Cholera in India, 1862 to 1881
Year: 1862
Disease focus: Cholera
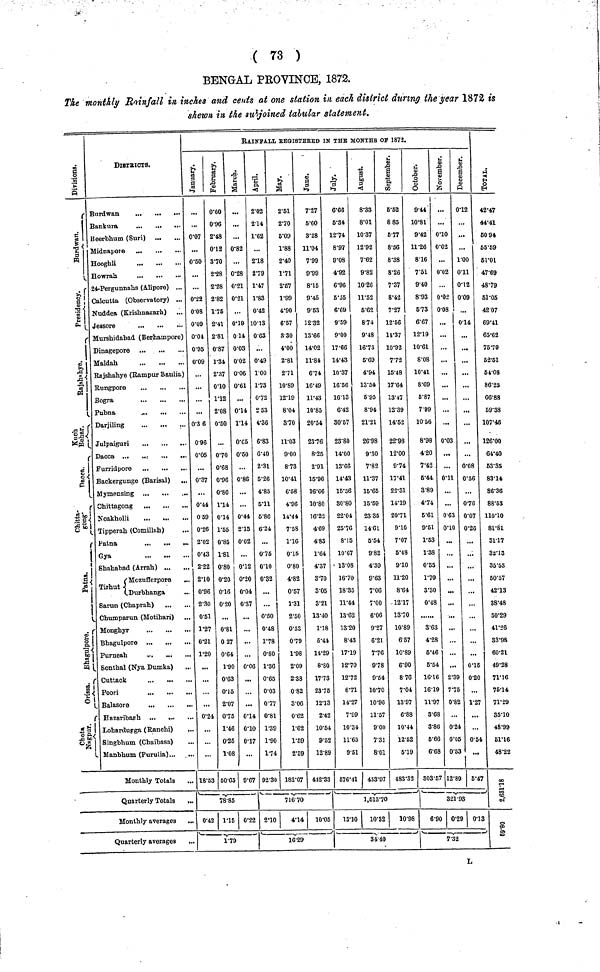
( 73 )
BENGAL PROVINCE, 1872.
The monthly Rainfall in inches and cents at one station in each district during the year 1872 is
shewn in the subjoined tabular statement.
Division
Burdwan
Pesidency
Rajshahye
KuchBehar
Dacca
Chitta gong
Patna
Bhargulpore
Orrissa
chota Nagpur
DISTRICTS.
Bankura
Beerbhum (Suri)
Hooghli
Howrah
,,.
...
...
24-Pergunnahs (Alipore) ...
Calcutta (Observatory) ...
Nuddea (Krishnaearh)
Jessore
Murshidabad (Berhampore)
Dinagepore
Maldah
Rajshahye (Rampur Baulia)
Rungpore
Bogra
Pubna
...
...
Darjiling
...
...
Julpaiguri
Dacca ...
...-
Backergunge (Barisal)
Chittagong
Noakholli
Tipperah (Comilluh)
Patna
Gya
Shahabad (Arrah)
Mozufferpore
..
Tirhut Durbhanga
...
Sarun (Chaprah)
Chumparun (Motihan)
Monghyr
Bhagulpore
Purneah
.,.
Sontbal (Nya Dumka)
Cuttack
Poori
Hazaribaph ...
Lohardugga (Ranchi)
Singbhum (Chaibasa)
..
Manbbum (Purulia)
Monthly Totals
Quarterly Totals
...
Monthly averages ...
Quarterly averages
RAINFALL REistered IN THe MONTHS of 1872.
January
...
0·07
0·50
...
...
0·22
0·08
0·09
0·04
0·95
0·09
...
...
0·36
0 96
0·05
0·37
0·44
0 59
0·26
2·02
0·43
2·22
2·10
0·96
2·30
0·51
1·27
0·21
1·20
...
0·24
...
...
18·53
February
0·60
0·96
2·48
0·12
3·-70
2·28
2·28
2·82
1·76
2·.41
2·81
0·87
1·.34
2·37
0·10
1·12
2·08
0·50
...
0·70
0·68
0·96
0·86
1·14
0·14
1·55
0·85
1·81
0·80
0·20
0·16
0·20
...
0·81
0 27
0·64
1·90
0·63
0·15
2·07
0·75
1·46
0·25
1·08
60·65
March
. . .
. . .
. . .
0·82
0·28
0·21
0·21
0·.19
0 14
0·03
0·02
0·06
0·61
...
0·14
1·14
0·65
0·60
...
0·86
...
...
0·44
2·15
0·02
...
0·12
0·20
0·04
0·37
...
...
...
...
0·06
...
..
0·14l
0·10
0·17i
9·67
78·85
0·.42 1·15 0·22
1·79
April
2·02
14
1·62
..
2·18
2·79
1·47
1·83
0·42
10·13
0·63
...
0·49
1·00
1·73
0·72
2 53
4·36
6·83
6·40
2·31
5·26
4·.85
5·11
6·86
6·24
0·75
0·10
0·32
...
0·50
0·48
1·78
0·80
1·36
0·65
0·03
0·77
0·81
1·39
1·90
1·74
92·30
May
2·61
2·70
5·09
1·88
2·40
1·71
2·57
1·99
4·90
6·57
3 30
4·00
2·81
2·71
10·89
12·19
8·04
3·70
11·03
9·00
8·73
10·41
6·58
4·96
14·44
7·58
1·16
0·15
0·80
4·82
0·57
1·31
2·50
0·53
0·79
1·98
2·09
2·38
0·82
3·06
0·62
1·62
1·59
2·59
183·07
June
7·27
5·60
3·28
11·04
7 99
9·99
8·15
9·45
9·53
12·32
13·66
14·02
11·84
6·74
16·49
11·43
10·85
20·54
23·76
8·25
2·91
15·96
16·66
10·80
16·22
4·69
4·83
1·64
4·37
3·70
3·05
3·21
13·40
1·18
6·41
14·29
8·80
17·73
23·75
12·13
2·42
10·54
9·52
12·89
412·33
716 70
2·10
4·14
10·05
16·29
July
6·66
45·34
12·74
8·97
9·08
4·92
6·96
5·55
6·69
9·59
9·00
17·66
14·43
10·37
16·56
16·13
6·42
30·57
23·80
14·00
13·66
14·43
16·56
30·80
22·04
25·76
8·15
10·67
13·08
16·70
18·35
11·44
13·62
13·20
8·43
17·19
12·70
12·72
87
14·27
7·99
10·34
11·65
9·51
576·41
August
8·33
8·01
10·37
12·92
7·62
9·82
10 26
11·52
5·62
8·74
9·48
16·73
5·69
4·94
13·54
5·95
8·94
21·21
26·98
9·30
7·82
11·37
15·65
15·59
23 35
14·61
5·54
9·82
4·39
9·63
7·06
7·00
6·06
9·27
6·21
7·70
9·78
9·54
10·70
10·96
11·57
9·00
7·31
8·01
453·97
September
6·62
8 85
5·77
8·56
8·38
8·26
7·37
8·42
7·27
12·66
14·37
10·92
7·72
15·48
17·64
13·47
12·39
14·52
22·98
12·00
9·74
17·41
22·31
14·19
20·71
9·10
7·07
5·48
9·10
11·20
8·64
1217·
13·70
10·89
6·57
10·8
6·9
87
7·0
13·97
6·8
10·44
12·52
5·19
483·32
1,513·70
13·10
10·32
10·98
34·40
Octomber
9·44
10·81
9·42
11·26
8·16
7·51
9·40
8·93
6·73
6·67
12·19
10·61
8·08
10·41
8·69
6·87
7·99
10 56
8·98
4 20
7·42
5·44
3·89
4·74
5·61
9·51
1·53
1·38
0·55
1·70
3·30
0·48
3·63
4·28
5·46
5·54
16·16
16·19
11·97
3·68
3·86
5·66
6·68
303·52'
November
...
...
0·10
0·02
...
0·02
0·02
0·08
...
...
...
...
...
...
...
0·03
...
...
0·11l
...
...
0 63
0 .10
...
...
...
...
...
...
...
...
2·39
7·57
0·8
0·2
0·05
0·53
12·89
December
0·12
...
...
1·00
0·11
0·12
0·09
0·14
...
...
...
...
...
...
...
...
...
0·08
O·56
...
0·76
0·07
0·26
...
...
...
...
...
0.15
0.20
...
1.27
...
...
0.54
5·47
321·93
6·90 0·29 0·13
7·32
Total
42·47
44·41
50 94
55·69
61·01
47·69
48·79
61·05
42 07
69·41
65·62
75·79
52·51
54·08
86·25
66·88
69·38
107·46
126·00
64·40
53·35
83·14
86·36
88·53
110·10
81·81
31·17
32·13
35·53
50·57
42·13
38·48
50·29
41·26
33·98
60·21
49·28
71·16
76·14
7·29
35·10
48·99
61·16
48·22
2,631·18
59·80
L